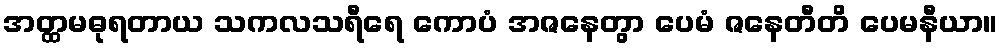
အတ္ထမဓုရတာယ သကလသရီရေ ကောပံ အဇနေတွာ ပေမံ ဇနေတီတိ ပေမနီယာ။